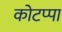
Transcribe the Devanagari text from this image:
कोटप्‍पा